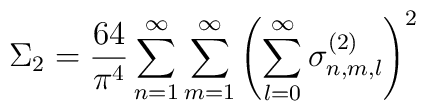
\Sigma_2 = \frac{64}{\pi^4} \sum_{n=1}^\infty\sum_{m=1}^\infty  \left( \sum_{l=0}^\infty\sigma_{n,m,l}^{(2)} \right)^2